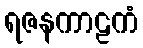
ရဇနကာဠကံ